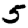
Digit: 5